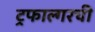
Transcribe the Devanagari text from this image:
ट्रफाल्गरची